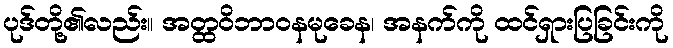
ပုဒ်တို့၏လည်း။ အတ္ထဝိဘာဝနမုခေန၊ အနက်ကို ထင်ရှားပြခြင်းကို